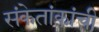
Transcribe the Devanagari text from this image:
संकेतांकांची